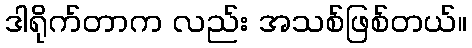
ဒါရိုက်တာက လည်း အသစ်ဖြစ်တယ်။